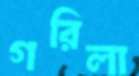
গরিলা